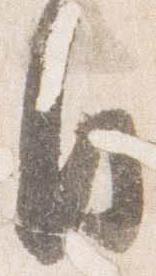
日